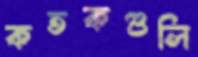
কতকগুলি